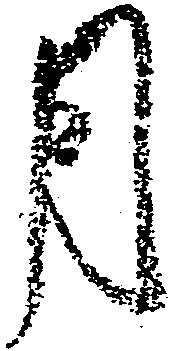
月